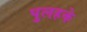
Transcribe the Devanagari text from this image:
पुलहके